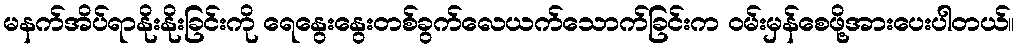
မနက်အိပ်ရာနိုးနိုးခြင်းကို ရေနွေးနွေးတစ်ခွက်လေယက်သောက်ခြင်းက ဝမ်းမှန်စေဖို့အားပေးပါတယ်။